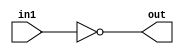
/*
    CS/ECE 552 Spring '20
    Homework #1, Problem 2

    1 input NOT
*/
module not1 (in1,out);
    input in1;
    output out;
    assign out = ~in1;
endmodule